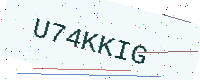
Text: U74KKIG